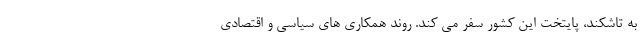
به تاشکند، پایتخت این کشور سفر می کند. روند همکاری های سیاسی و اقتصادی